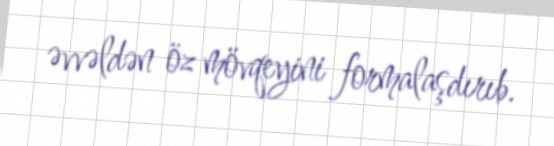
əvvəldən öz mövqeyini formalaşdırıb.